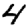
Digit: 4